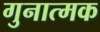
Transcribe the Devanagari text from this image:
गुनात्मक